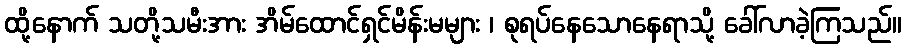
ထို့နောက် သတို့သမီးအား အိမ်ထောင်ရှင်မိန်းမများ ၊ စုရပ်နေသောနေရာသို့ ခေါ်လာခဲ့ကြသည်။